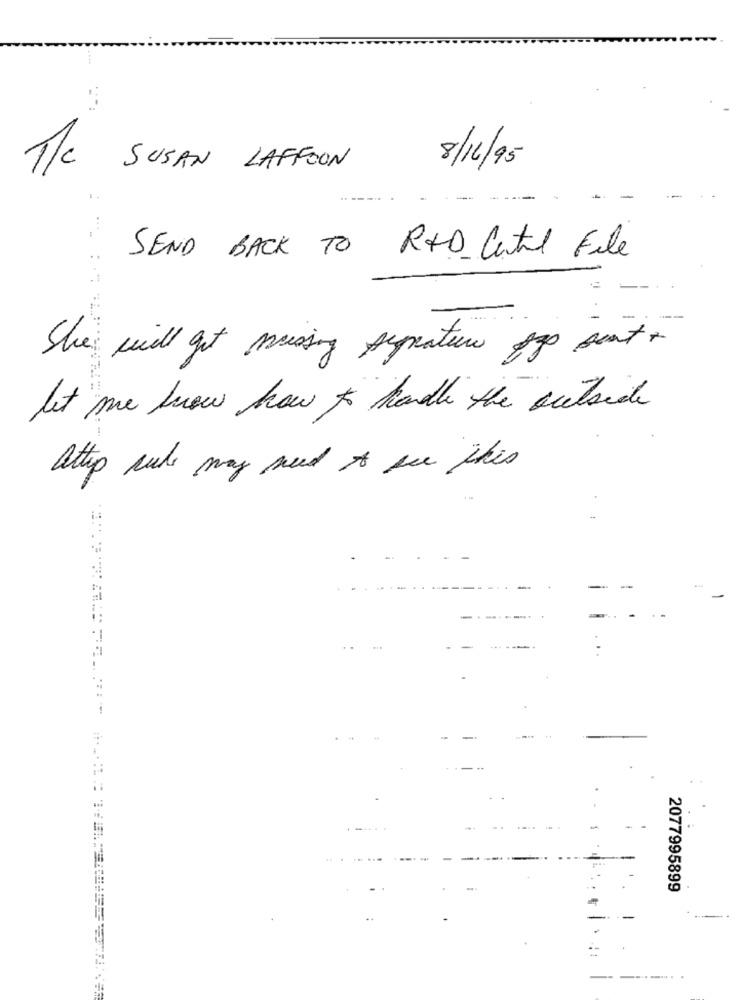
8/16/95
M/C SUSAN LAFFOON
SEND BACK TO RED Catil File
She will get missing seprature pas sant .
let me know how to handle the outside
atip cube may need to see this
...-
-
. .
2077995899